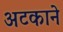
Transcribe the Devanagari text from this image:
अटकाने